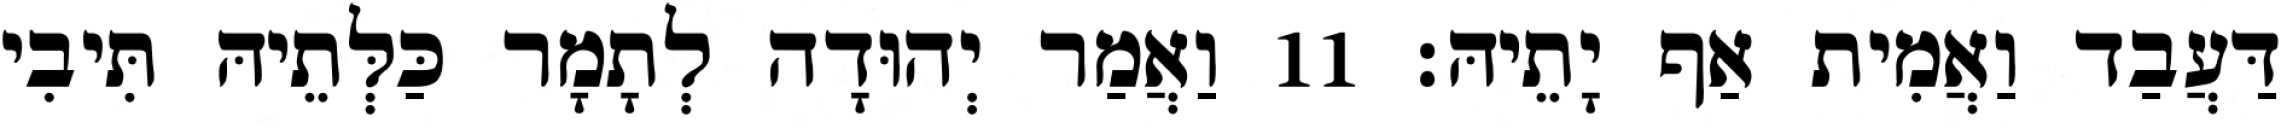
דַּעֲבַד וַאֲמִית אַף יָתֵיהּ׃ 11 וַאֲמַר יְהוּדָה לְתָמָר כַּלְּתֵיהּ תִּיבִי